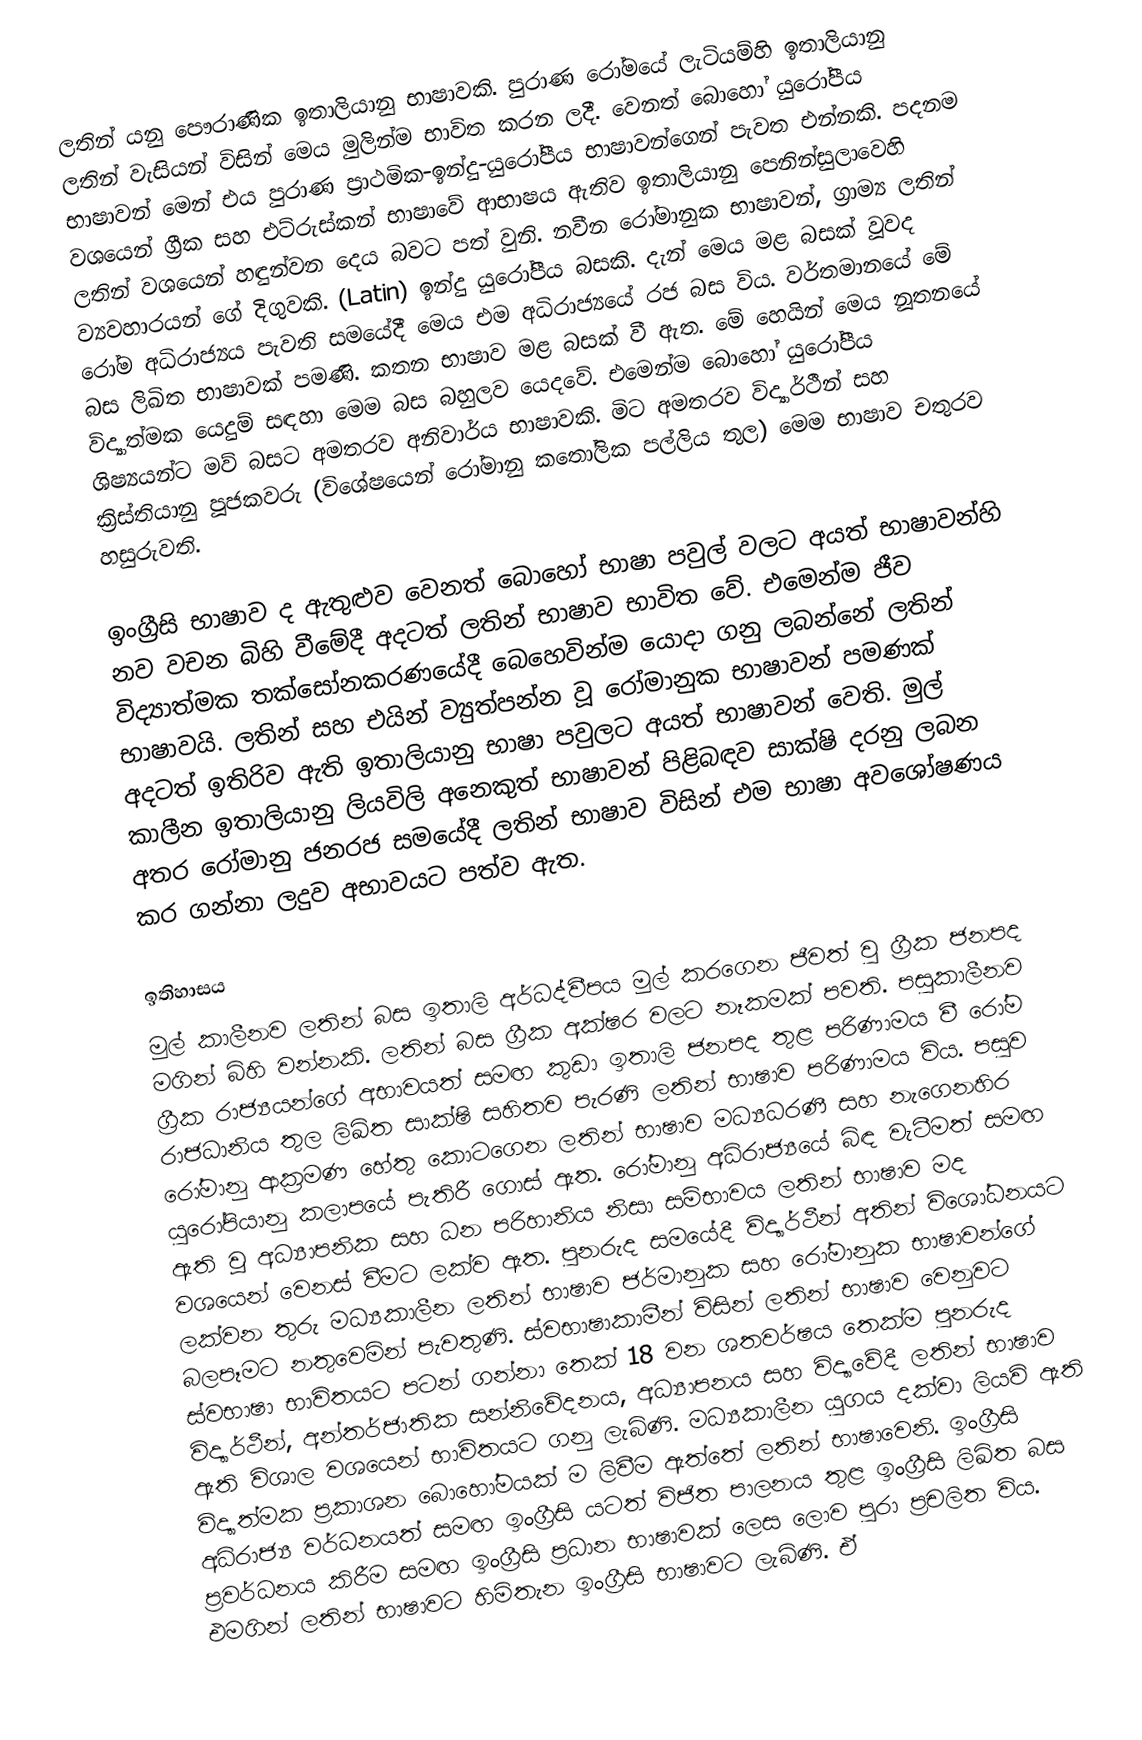
ලතින් යනු පෞරාණික ඉතාලියානු භාෂාවකි. පුරාණ රෝමයේ ලැටියම්හි ඉතාලියානු ලතින් වැසියන් විසින් මෙය මුලින්ම භාවිත කරන ලදී. වෙනත් බොහෝ යුරෝපීය භාෂාවන් මෙන් එය පුරාණ ප්‍රාථමික-ඉන්දු-යුරෝපීය භාෂාවන්ගෙන් පැවත එන්නකි. පදනම වශයෙන් ග්‍රීක සහ එට්රුස්කන් භාෂාවේ ආභාෂය ඇතිව ඉතාලියානු පෙනින්සුලාවෙහි ලතින් වශයෙන් හඳුන්වන දෙය බවට පත් වුනි. නවීන රෝමානුක භාෂාවන්, ග්‍රාම්‍ය ලතින් ව්‍යවහාරයන් ගේ දිගුවකි. (Latin) ඉන්දු යුරෝපීය බසකි. දැන් මෙය මළ බසක් වූවද රෝම අධිරාජ්‍යය පැවති සමයේදී මෙය එම අධිරාජ්‍යයේ රජ බස විය. වර්තමානයේ මේ බස ලිඛිත භාෂාවක් පමණි. කතන භාෂාව මළ බසක් වී ඇත. මේ හෙයින් මෙය නූතනයේ විද්‍යාත්මක යෙදුම් සඳහා මෙම බස බහුලව යෙදවේ. එමෙන්ම බොහෝ යුරෝපීය ශිෂ්‍යයන්ට මව් බසට අමතරව අනිවාර්ය භාෂාවකි. මිට අමතරව විද්‍යාර්ථීන් සහ ක්‍රිස්තියානු පූජකවරු (විශේෂයෙන් රෝමානු කතෝලික පල්ලිය තුල) මෙම භාෂාව චතුරව හසුරුවති.

ඉංග්‍රීසි භාෂාව ද ඇතුළුව වෙනත් බොහෝ භාෂා පවුල් වලට අයත් භාෂාවන්හි නව වචන බිහි වීමේදී අදටත් ලතින් භාෂාව භාවිත වේ. එමෙන්ම ජීව විද්‍යාත්මක තක්සෝනකරණයේදී බෙහෙවින්ම යොදා ගනු ලබන්නේ ලතින් භාෂාවයි. ලතින් සහ එයින් ව්‍යුත්පන්න වූ රෝමානුක භාෂාවන් පමණක් අදටත් ඉතිරිව ඇති ඉතාලියානු භාෂා පවුලට අයත් භාෂාවන් වෙති. මුල් කාලීන ඉතාලියානු ලියවිලි අනෙකුත් භාෂාවන් පිළිබඳව සාක්ෂි දරනු ලබන අතර රෝමානු ජනරජ සමයේදී ලතින් භාෂාව විසින් එම භාෂා අවශෝෂණය කර ගන්නා ලදුව අභාවයට පත්ව ඇත.

ඉතිහාසය
මුල් කාලීනව ලතින් බස ඉතාලි අර්ධද්වීපය මුල් කරගෙන ජීවත් වු ග්‍රීක ජනපද මගින් බිහි වන්නකි. ලතින් බස ග්‍රීක අක්ෂර වලට නෑකමක් පවති. පසුකාලීනව ග්‍රීක රාජ්‍යයන්ගේ අභාවයත් සමඟ කුඩා ඉතාලි ජනපද තුළ පරිණාමය වී රෝම රාජධානිය තුල ලිඛිත සාක්ෂි සහිතව පැරණි ලතින් භාෂාව පරිණාමය විය. පසුව රෝමානු ආක්‍රමණ හේතු කොටගෙන ලතින් භාෂාව මධ්‍යධරණී සහ නැගෙනහිර යුරෝපියානු කලාපයේ පැතිරී ගොස් ඇත. රෝමානු අධිරාජ්‍යයේ බිඳ වැටීමත් සමඟ ඇති වූ අධ්‍යාපනික සහ ධන පරිහානිය නිසා සම්භාවය ලතින් භාෂාව මද වශයෙන් වෙනස් වීමට ලක්ව ඇත. පුනරුද සමයේදී විද්‍යාර්ථීන් අතින් විශෝධනයට ලක්වන තුරු මධ්‍යකාලීන ලතින් භාෂාව ජර්මානුක සහ රෝමානුක භාෂාවන්ගේ බලපෑමට නතුවෙමින් පැවතුණි. ස්වභාෂාකාමීන් විසින් ලතින් භාෂාව වෙනුවට ස්වභාෂා භාවිතයට පටන් ගන්නා තෙක් 18 වන ශතවර්ෂය තෙක්ම පුනරුද විද්‍යාර්ථීන්, අන්තර්ජාතික සන්නිවේදනය, අධ්‍යාපනය සහ විද්‍යාවේදී ලතින් භාෂාව ඇති විශාල වශයෙන් භාවිතයට ගනු ලැබිණි. මධ්‍යකාලීන යුගය දක්වා ලියවි ඇති විද්‍යාත්මක ප්‍රකාශන බොහෝමයක් ම ලිවීම ඇත්තේ ලතින් භාෂාවෙනි. ඉංග්‍රීසි අධිරාජ්‍ය වර්ධනයත් සමඟ ඉංග්‍රීසි යටත් විජිත පාලනය තුළ ඉංග්‍රීසි ලිඛිත බස ප්‍රවර්ධනය කිරීම සමඟ ඉංග්‍රීසි ප්‍රධාන භාෂාවක් ලෙස ලොව පුරා ප්‍රචලිත විය. එමගින් ලතින් භාෂාවට හිමිතැන ඉංග්‍රීසි භාෂාවට ලැබිණි. ඒ